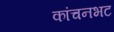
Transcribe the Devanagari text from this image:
कांचनभट